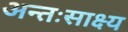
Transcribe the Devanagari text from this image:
अन्तःसाक्ष्य